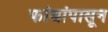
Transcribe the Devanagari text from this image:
फांद्यांपासून